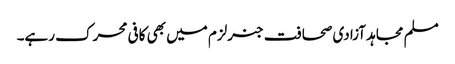
مسلم مجاہد آزادی صحافت جنرلزم میں بھی کافی محرک رہے۔